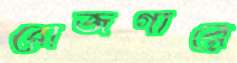
রোজগারে